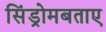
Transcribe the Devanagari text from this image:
सिंड्रोमबताए